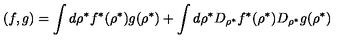
( f , g ) = \int d \rho ^ { * } f ^ { * } ( \rho ^ { * } ) g ( \rho ^ { * } ) + \int d \rho ^ { * } D _ { \rho ^ { * } } f ^ { * } ( \rho ^ { * } ) D _ { \rho ^ { * } } g ( \rho ^ { * } )